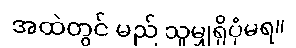
အထဲတွင် မည် သူမျှရှိပုံမရ။